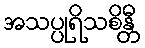
အသပ္ပုရိသစိန္တီ